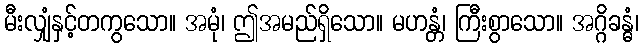
မီးလျှံနှင့်တကွသော။ အမုံ၊ ဤအမည်ရှိသော။ မဟန္တံ၊ ကြီးစွာသော။ အဂ္ဂိခန္ဓံ၊